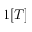
1 [ T ]